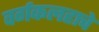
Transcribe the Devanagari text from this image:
वर्गकलहाचे